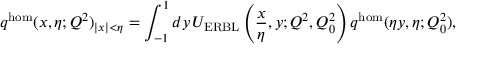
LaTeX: q ^ { \mathrm { h o m } } ( x , \eta ; Q ^ { 2 } ) _ { | x | < \eta } = \int _ { - 1 } ^ { 1 } d y \, U _ { \mathrm { E R B L } } \left( \frac { x } { \eta } , y ; Q ^ { 2 } , Q _ { 0 } ^ { 2 } \right) q ^ { \mathrm { h o m } } ( \eta y , \eta ; Q _ { 0 } ^ { 2 } ) ,